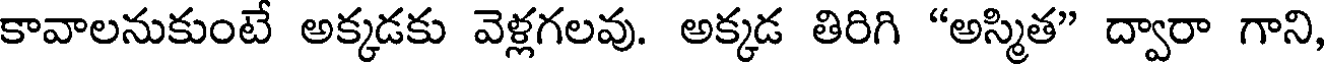
కావాలనుకుంటే అక్కడకు వెళ్లగలవు. అక్కడ తిరిగి "అస్మిత" ద్వారా గాని,